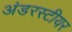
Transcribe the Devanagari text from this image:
अंडरस्टीयर